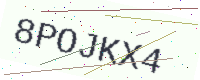
Text: 8POJKX4